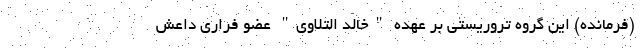
(فرمانده) این گروه تروریستی بر عهده "خالد التلاوی" عضو فراری داعش